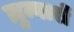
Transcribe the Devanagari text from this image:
ज़ुन्गारों